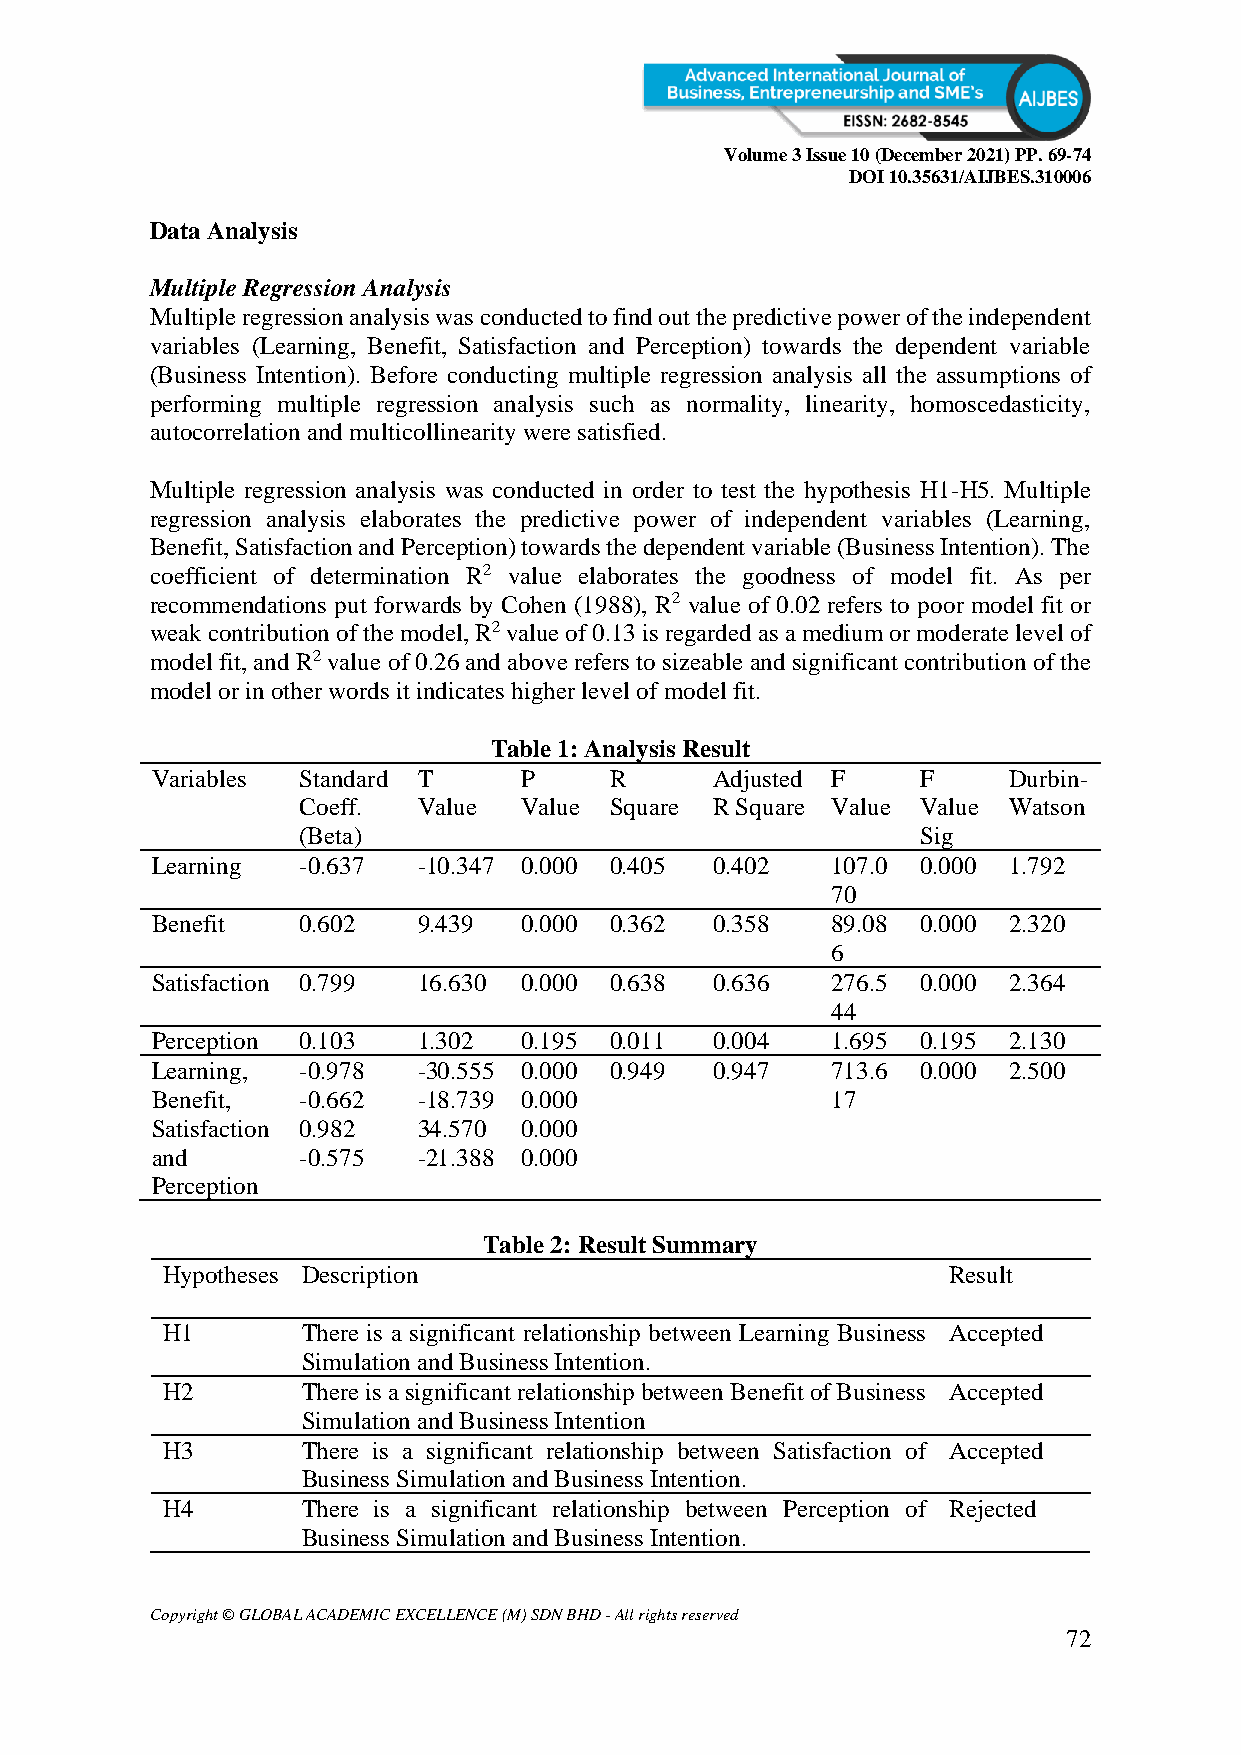
Volume 3 Issue 10 (December 2021) PP. 69-74
 DOI 10.35631/AIJBES.310006
 Data Analysis
 Multiple Regression Analysis
 Multiple regression analysis was conducted to find out the predictive power of the independent
 variables (Learning, Benefit, Satisfaction and Perception) towards the dependent variable
 (Business Intention). Before conducting multiple regression analysis all the assumptions of
 performing multiple regression analysis such as normality, linearity, homoscedasticity,
 autocorrelation and multicollinearity were satisfied.
 Multiple regression analysis was conducted in order to test the hypothesis H1-H5. Multiple
 regression analysis elaborates the predictive power of independent variables (Learning,
 Benefit, Satisfaction and Perception) towards the dependent variable (Business Intention). The
 coefficient of determination R2 value elaborates the goodness of model fit. As per
 recommendations put forwards by Cohen (1988), R2 value of 0.02 refers to poor model fit or
 weak contribution of the model, R2 value of 0.13 is regarded as a medium or moderate level of
 model fit, and R2 value of 0.26 and above refers to sizeable and significant contribution of the
 model or in other words it indicates higher level of model fit.
 Table 1: Analysis Result
 Variables Standard T    P     R      Adjusted F    F     Durbin-
 Coeff.  Value Value Square R Square Value Value Watson
 (Beta)                                   Sig
 Learning  -0.637  -10.347 0.000 0.405 0.402  107.0 0.000 1.792
 70
 Benefit   0.602   9.439 0.000 0.362  0.358   89.08 0.000 2.320
 6
 Satisfaction 0.799 16.630 0.000 0.638 0.636  276.5 0.000 2.364
 44
 Perception 0.103  1.302 0.195 0.011  0.004   1.695 0.195 2.130
 Learning, -0.978  -30.555 0.000 0.949 0.947  713.6 0.000 2.500
 Benefit,  -0.662  -18.739 0.000              17
 Satisfaction 0.982 34.570 0.000
 and       -0.575  -21.388 0.000
 Perception
 Table 2: Result Summary
 Hypotheses Description                              Result
 H1       There is a significant relationship between Learning Business Accepted
 Simulation and Business Intention.
 H2       There is a significant relationship between Benefit of Business Accepted
 Simulation and Business Intention
 H3       There is a significant relationship between Satisfaction of Accepted
 Business Simulation and Business Intention.
 H4       There is a significant relationship between Perception of Rejected
 Business Simulation and Business Intention.
 Copyright © GLOBAL ACADEMIC EXCELLENCE (M) SDN BHD - All rights reserved
 72